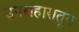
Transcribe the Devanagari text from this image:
उपसंहारातून